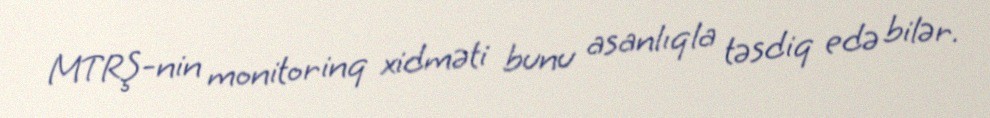
MTRŞ-nin monitorinq xidməti bunu asanlıqla təsdiq edə bilər.